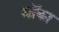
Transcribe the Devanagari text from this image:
मॉका